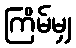
ကြိမ်မျှ